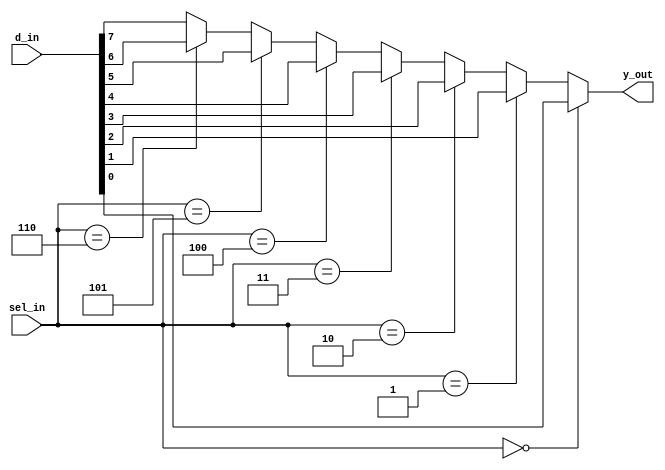
`timescale 1ns / 1ps
//////////////////////////////////////////////////////////////////////////////////
// Company: 
// Engineer: 
// 
// Design Name: 
// Module Name: mux_8to1
// Project Name: 
// Target Devices: 
// Tool Versions: 
// Description: 
// 
// Dependencies: 
// 
// Revision:
// Revision 0.01 - File Created
// Additional Comments:
// 
//////////////////////////////////////////////////////////////////////////////////


module mux_8to1(
input[7:0] d_in,
input[2:0] sel_in,
output reg y_out);

always@(*)
begin
if(sel_in==3'b000)
    y_out=d_in[0];
else if(sel_in==3'b001)
    y_out=d_in[1];
   
else if(sel_in==3'b010)
    y_out=d_in[2];
    
else if(sel_in==3'b011)
    y_out=d_in[3];
    
    else if(sel_in==3'b100)
    y_out=d_in[4];
    
    else if(sel_in==3'b101)
    y_out=d_in[5];
    
    else if(sel_in==3'b110)
    y_out=d_in[6];
    
    else
    y_out=d_in[7];
end
endmodule